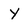
Character: y